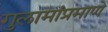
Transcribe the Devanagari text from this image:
गुलामांप्रमाणे